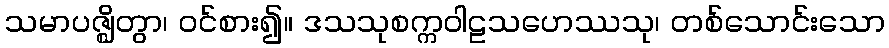
သမာပဇ္ဈိတွာ၊ ဝင်စား၍။ ဒသသုစက္ကဝါဠသဟေဿသု၊ တစ်သောင်းသော